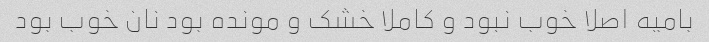
بامیه اصلا خوب نبود و کاملا خشک و مونده بود نان خوب بود